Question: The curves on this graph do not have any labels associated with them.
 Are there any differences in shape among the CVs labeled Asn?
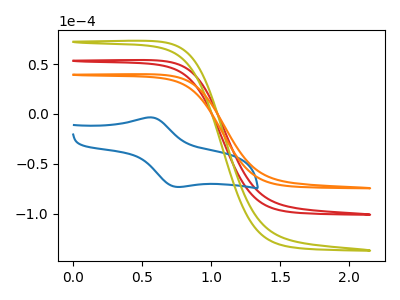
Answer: <think>The red curve "red" has no peaks. The blue curve "blue" has an anodic peak at (0.55V, -3.60uA) and a cathodic peak at (0.75V, -73.10uA). The olive curve "olive" has no peaks. The orange curve "orange" has no peaks.
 "red" and "blue" have a different number of peaks. Neither "red" or "olive" have any peaks. Neither "red" or "orange" have any peaks. "blue" and "olive" have a different number of peaks. "blue" and "orange" have a different number of peaks. Neither "olive" or "orange" have any peaks.</think>
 <answer>All the CV's of "Asn" have similar shape.</answer>
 <eval>follow_rule</eval>